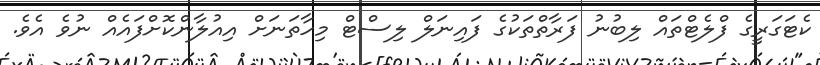
ކެޓަގަރީގެ ފްލެޓްތައް ލިބުނު ފަރާތްތަކުގެ ފައިނަލް ލިސްޓް މިހާތަނަށް އިއުލާންކޮށްފައެއް ނުވެ އެވެ.